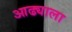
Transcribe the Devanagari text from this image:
आढ्याला